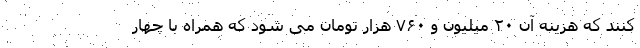
کنند که هزینه آن ۲۰ میلیون و ۷۶۰ هزار تومان می شود که همراه با چهار